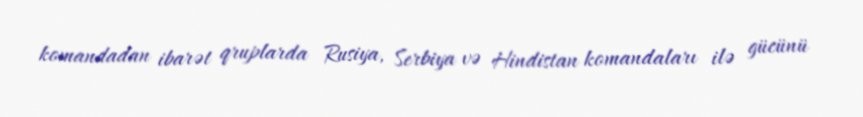
komandadan ibarət qruplarda Rusiya, Serbiya və Hindistan komandaları ilə gücünü